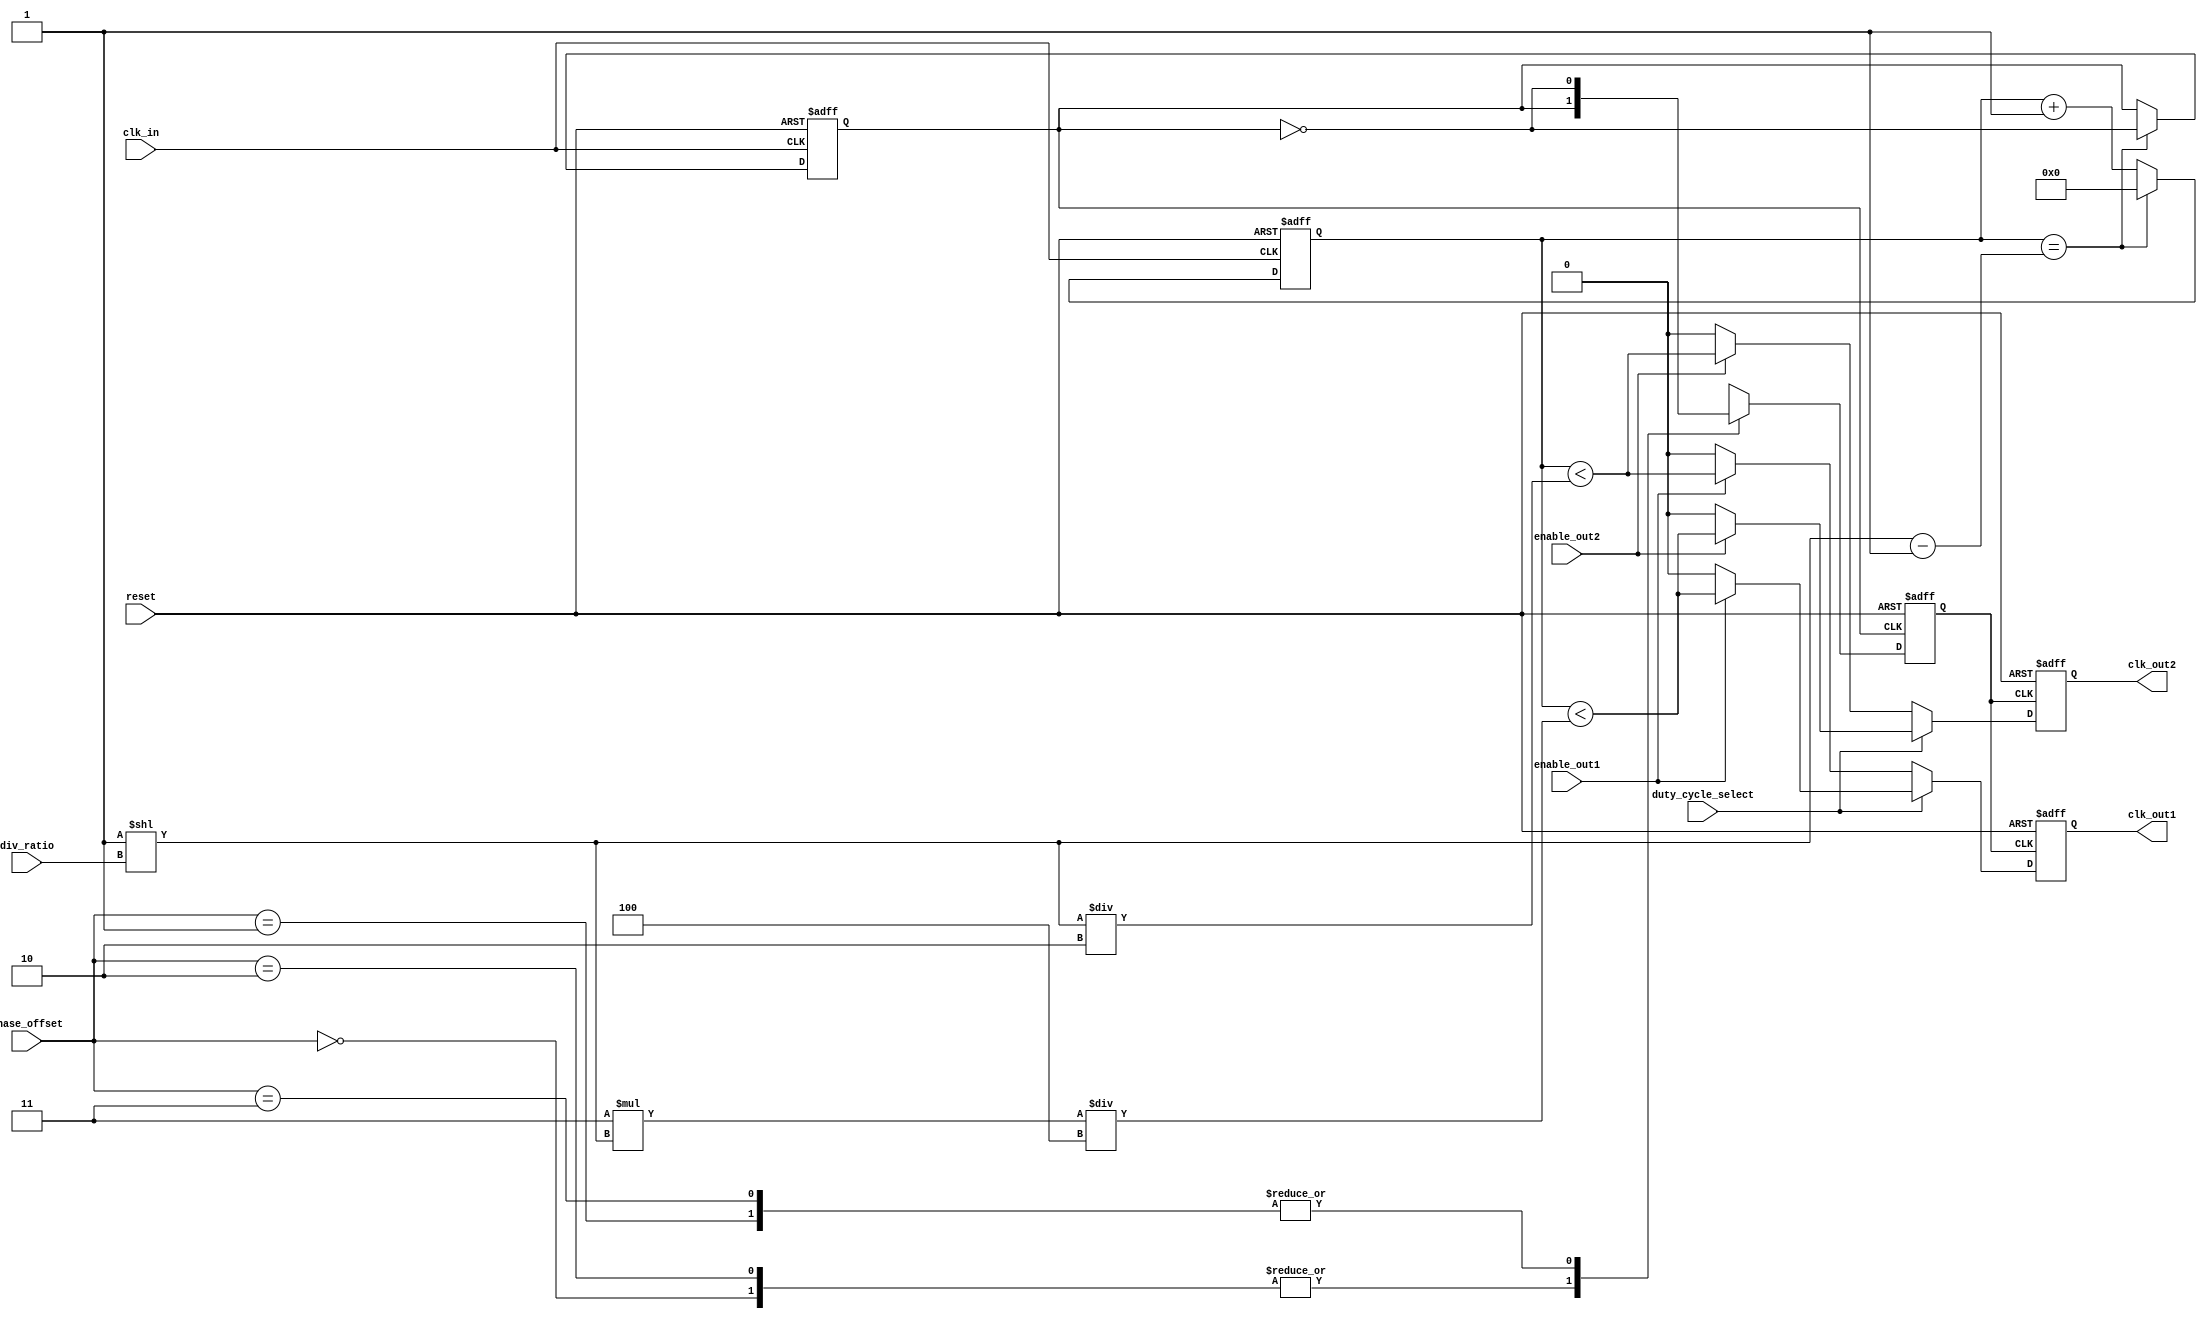
module ProgrammableClockBuffer (
    input wire clk_in,                // Input clock source
    input wire [1:0] div_ratio,       // Division ratio (00: 1, 01: 2, 10: 4, 11: 8)
    input wire [1:0] phase_offset,     // Phase offset (00: 0, 01: 90, 10: 180, 11: 270)
    input wire duty_cycle_select,      // Duty cycle select (0: 50%, 1: 75%)
    input wire enable_out1,            // Enable signal for CLK_OUT1
    input wire enable_out2,            // Enable signal for CLK_OUT2
    input wire reset,                  // Reset signal
    output reg clk_out1,               // Output clock 1
    output reg clk_out2                // Output clock 2
);

    reg [3:0] counter;                 // Counter for frequency division
    reg clk_div;                       // Divided clock signal
    reg clk_phase;                     // Phase adjusted clock signal

    // Frequency division logic
    always @(posedge clk_in or posedge reset) begin
        if (reset) begin
            counter <= 0;
            clk_div <= 0;
        end else begin
            if (counter == (1 << div_ratio) - 1) begin
                clk_div <= ~clk_div;
                counter <= 0;
            end else begin
                counter <= counter + 1;
            end
        end
    end

    // Phase adjustment logic
    always @(posedge clk_div or posedge reset) begin
        if (reset) begin
            clk_phase <= 0;
        end else begin
            case (phase_offset)
                2'b00: clk_phase <= clk_div;                  // 0 phase
                2'b01: clk_phase <= ~clk_div;                 // 90 phase
                2'b10: clk_phase <= clk_div;                  // 180 phase (inverted)
                2'b11: clk_phase <= ~clk_div;                 // 270 phase
                default: clk_phase <= clk_div;
            endcase
        end
    end

    // Duty cycle control and output generation
    always @(posedge clk_phase or posedge reset) begin
        if (reset) begin
            clk_out1 <= 0;
            clk_out2 <= 0;
        end else begin
            if (duty_cycle_select) begin
                // 75% Duty Cycle
                clk_out1 <= enable_out1 ? (counter < (3 * (1 << div_ratio)) / 4) : 0;
                clk_out2 <= enable_out2 ? (counter < (3 * (1 << div_ratio)) / 4) : 0;
            end else begin
                // 50% Duty Cycle
                clk_out1 <= enable_out1 ? (counter < (1 << div_ratio) / 2) : 0;
                clk_out2 <= enable_out2 ? (counter < (1 << div_ratio) / 2) : 0;
            end
        end
    end

endmodule